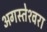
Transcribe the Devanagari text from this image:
अगस्‍तेश्‍वरा